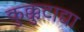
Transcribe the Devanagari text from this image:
कुक्कुटाद्या